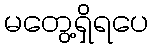
မတွေ့ရှိရပေ